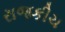
રાજકીચ